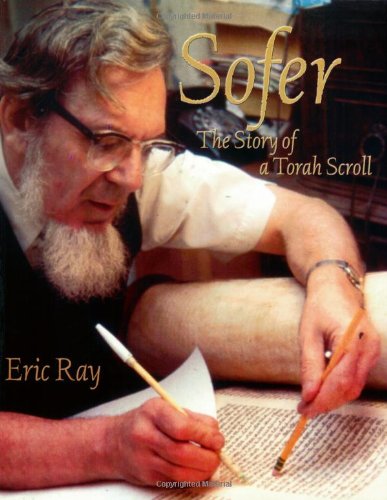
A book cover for Sofer: The Story of a Torah Scroll; Eric Ray; Children's Books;